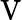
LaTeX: \textbf{\textrm{V}}